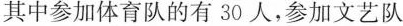
其中参加体育队的有30人，参加文艺队